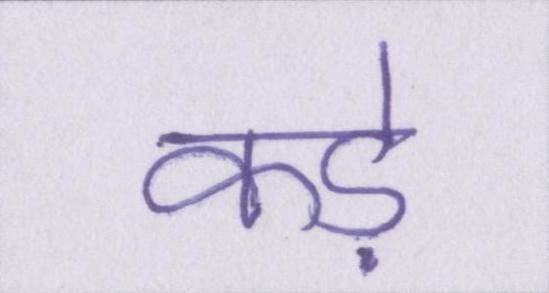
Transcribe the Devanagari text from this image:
कड़े